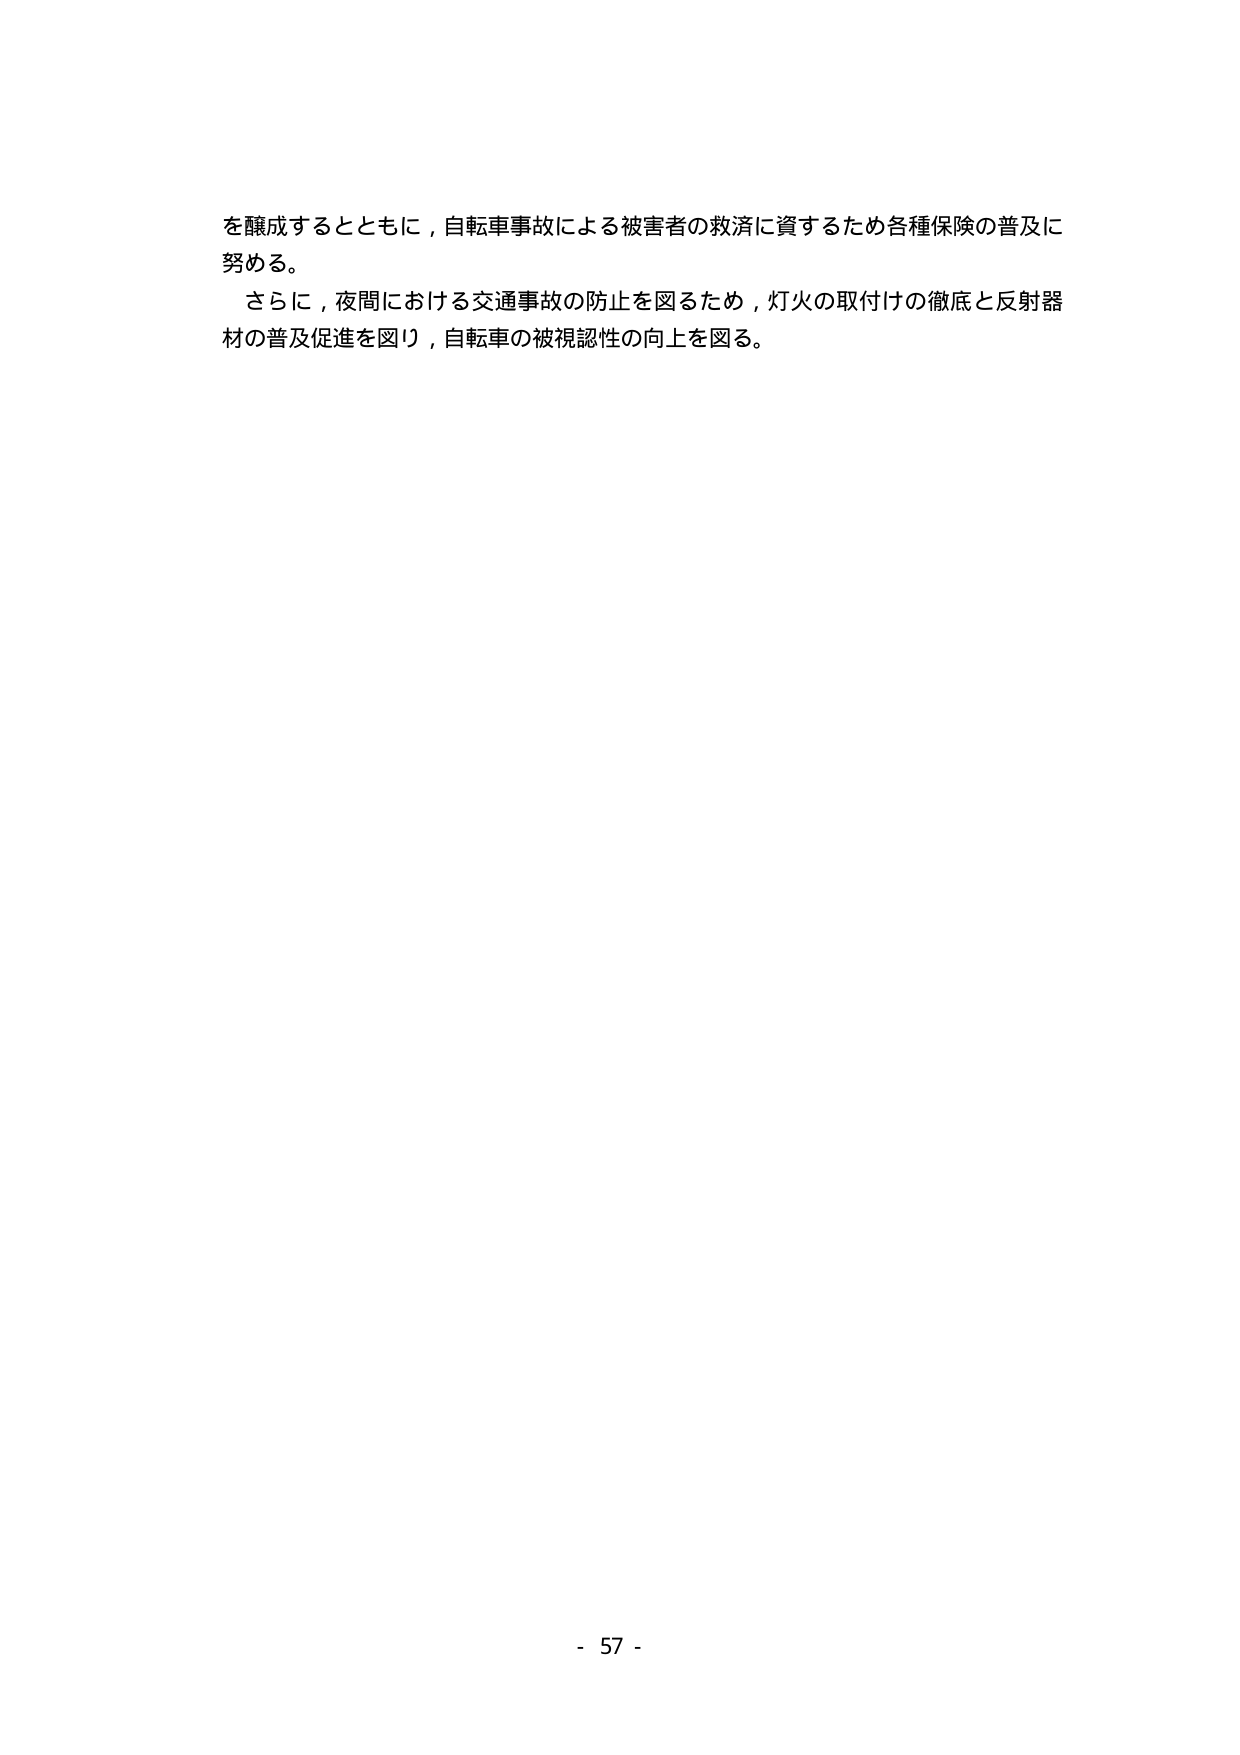
を醸成するとともに，自転車事故による被害者の救済に資するため各種保険の普及に
努める。
さらに，夜間における交通事故の防止を図るため，灯火の取付けの徹底と反射器
材の普及促進を図り，自転車の被視認性の向上を図る。
- 57 -